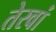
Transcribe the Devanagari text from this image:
तेरवां